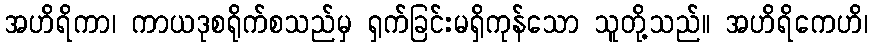
အဟိရိကာ၊ ကာယဒုစရိုက်စသည်မှ ရှက်ခြင်းမရှိကုန်သော သူတို့သည်။ အဟိရိကေဟိ၊